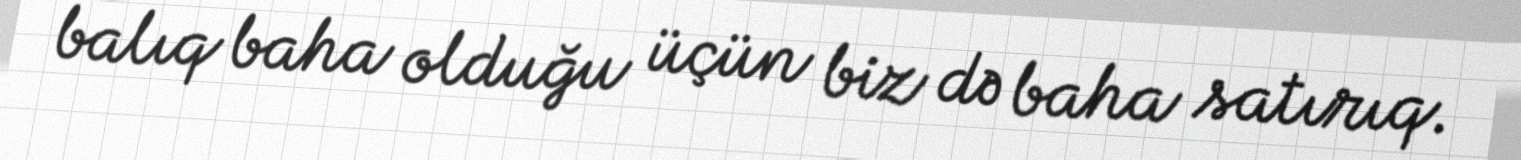
balıq baha olduğu üçün biz də baha satırıq.